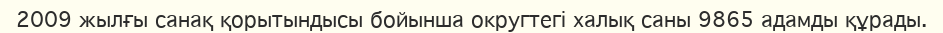
2009 жылғы санақ қорытындысы бойынша округтегі халық саны 9865 адамды құрады.